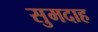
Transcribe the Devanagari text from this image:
सुमदाह